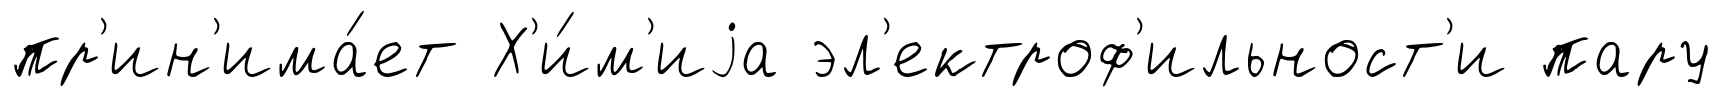
пр'ин'има́ет Х'и́м'иjа эл'ектроф'ильност'и пару